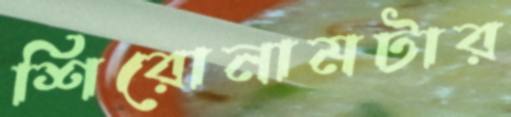
শিরোনামটার